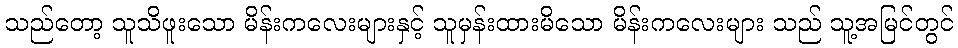
သည်တော့ သူသိဖူးသော မိန်းကလေးများနှင့် သူမှန်းထားမိသော မိန်းကလေးများ သည် သူ့အမြင်တွင်